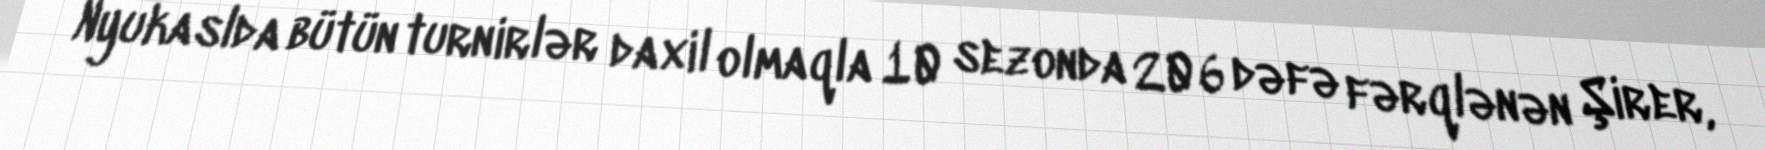
Nyukaslda bütün turnirlər daxil olmaqla 10 sezonda 206 dəfə fərqlənən Şirer,